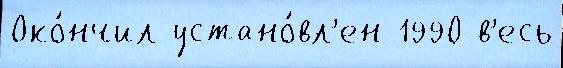
Око́нчил устано́вл'ен 1990 в'есь